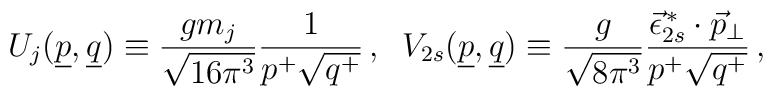
U_j(\underline{p},\underline{q})   \equiv \frac{gm_j}{\sqrt{16\pi^3}}\frac{1}{p^+\sqrt{q^+}}\,,\;\;V_{2s}(\underline{p},\underline{q})   \equiv \frac{g}{\sqrt{8\pi^3}}      \frac{\vec{\epsilon}_{2s}^{\,*}\cdot\vec{p}_\perp}{p^+\sqrt{q^+}}\,,